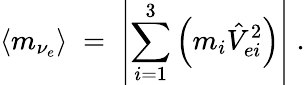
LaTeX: \langle m_{\nu_{e}}\rangle\; =\; \left|\sum_{i=1}^{3}\left(m_{i}\hat{V}_{ei}^{2}\right)\right|\; .